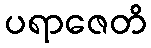
ပရာဇေတိ